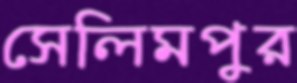
সেলিমপুর